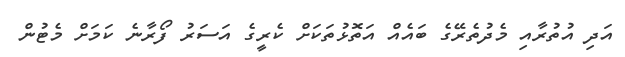
އަދި އުތުރާއި މެދުތެރޭގެ ބައެއް އަތޮޅުތަކަށް ކެރީގެ އަސަރު ފޯރާނެ ކަމަށް މެޓުން